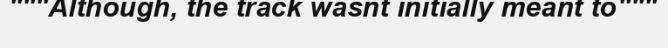
"""Although, the track wasnt initially meant to"""